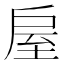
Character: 𢩈